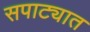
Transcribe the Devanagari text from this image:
सपाट्यात